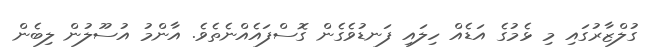
ގުލްޒާރުގައި މި ޅެމުގެ އަޑެއް ހިލައި ފަނޑުވެގެން ގޮސްފައެއްނެތެވެ. އާންމު އުސޫލުން ލިބެން